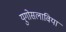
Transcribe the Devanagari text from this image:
युगोसलाविया